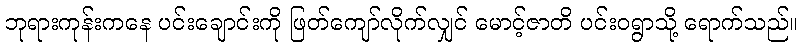
ဘုရားကုန်းကနေ ပင်းချောင်းကို ဖြတ်ကျော်လိုက်လျှင် မောင့်ဇာတိ ပင်းဝရွာသို့ ရောက်သည်။